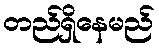
တည်ရှိနေမည်